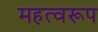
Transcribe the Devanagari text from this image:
महत्वरूप